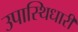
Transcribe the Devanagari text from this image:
उपास्थिधारी